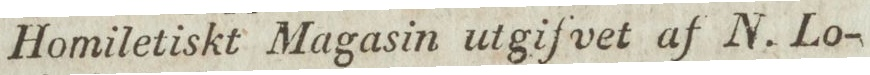
Homiletiskt Magasin utgifvet af N. Lo-